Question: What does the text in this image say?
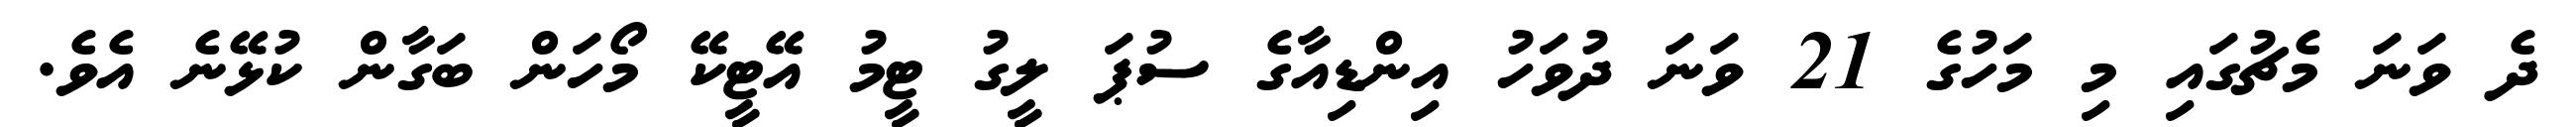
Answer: ދެ ވަނަ މެޗުގައި މި މަހުގެ 21 ވަނަ ދުވަހު އިންޑިއާގެ ސުޕަ ލީގު ޓީމު އޭޓީކޭ މޯހަން ބަގާން ކުޅޭނެ އެވެ.